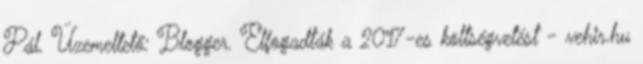
Pál. Üzemeltető: Blogger. Elfogadták a 2017-es költségvetést - vehir.hu